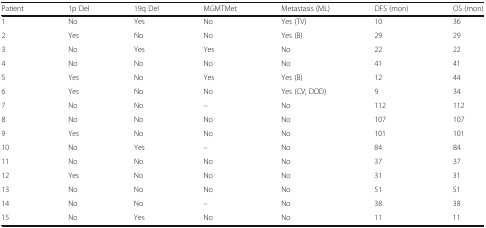
| Patient | 1p Del | 19q Del | MGMTMet | Metastasis (ML) | DFS (mon) | OS (mon) |
 | --- | --- | --- | --- | --- | --- | --- |
 | 1 | No | Yes | No | Yes (TV) | 10 | 36 |
 | 2 | Yes | No | No | Yes (B) | 29 | 29 |
 | 3 | No | Yes | Yes | No | 22 | 22 |
 | 4 | No | No | No | No | 41 | 41 |
 | 5 | Yes | No | Yes | Yes (B) | 12 | 44 |
 | 6 | Yes | No | No | Yes (CV; DOD) | 9 | 34 |
 | 7 | No | No | – | No | 112 | 112 |
 | 8 | No | No | No | No | 107 | 107 |
 | 9 | Yes | No | No | No | 101 | 101 |
 | 10 | No | Yes | – | No | 84 | 84 |
 | 11 | No | No | No | No | 37 | 37 |
 | 12 | Yes | No | No | No | 31 | 31 |
 | 13 | No | No | No | No | 51 | 51 |
 | 14 | No | No | – | No | 38 | 38 |
 | 15 | No | Yes | No | No | 11 | 11 |